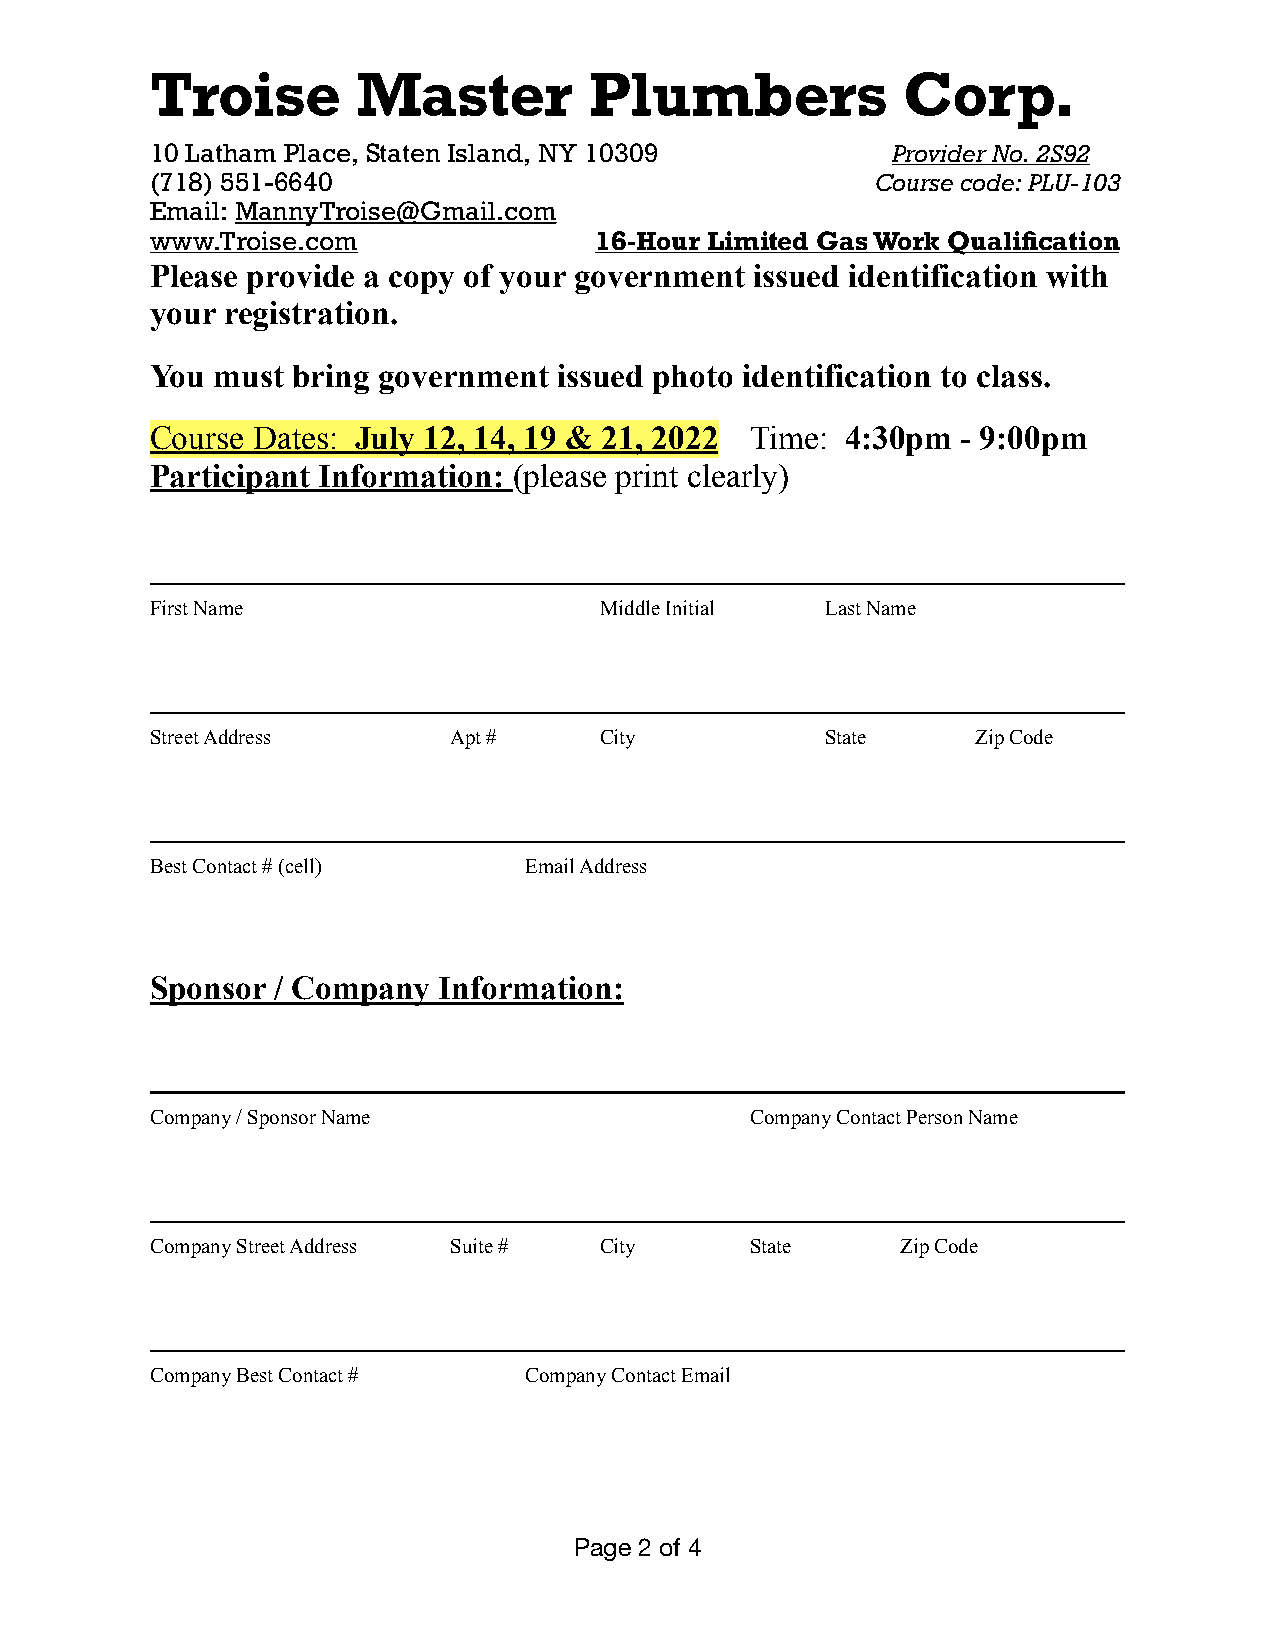
Troise        Master         Plumbers             Corp.
 10 Latham Place, Staten Island, NY 10309         Provider No. 2S92
 (718) 551-6640                                  Course code: PLU-103
 Email: MannyTroise@Gmail.com
 www.Troise.com               16-Hour Limited Gas Work Qualification
 Please provide a copy of your government issued identification with
 your registration.
 You must bring government  issued photo identification to class.
 Course Dates: July 12, 14, 19 & 21, 2022 Time: 4:30pm - 9:00pm
 Participant Information: (please print clearly)
 First Name                    Middle Initial Last Name
 Street Address      Apt #     City           State     Zip Code
 Best Contact # (cell)    Email Address
 Sponsor / Company  Information:
 Company / Sponsor Name                  Company Contact Person Name
 Company Street Address Suite # City     State     Zip Code
 Company Best Contact #   Company Contact Email
 Page 2 of 4